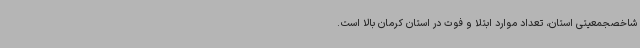
شاخصجمعیتی استان، تعداد موارد ابتلا و فوت در استان کرمان بالا است.